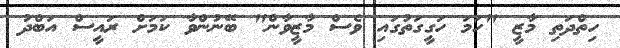
ހިތްދަތި މާޒީ "ހަމަ ހަގީގަތުގައި ވެސް މާޒީވާން" ބޭނުންވާ ކަމަށް ރައީސް އަބްދު